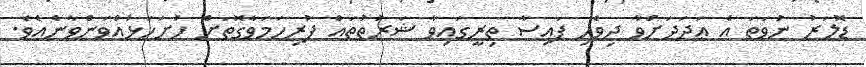
ޑޮލަރު ނުވަތަ އެ ޢަދަދަށްވާ ދިވެހި ފައިސާ ތިރީގައިވާ ޝަރުތުތައް ފުރިހަމަވާގޮތަށް ހުށަހަޅުއްވަންވާނެއެވެ.